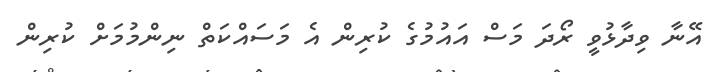
އޭނާ ވިދާޅުވީ ރޯދަ މަސް އައުމުގެ ކުރިން އެ މަސައްކަތް ނިންމުމަށް ކުރިން